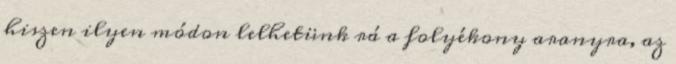
hiszen ilyen módon lelhetünk rá a folyékony aranyra, az